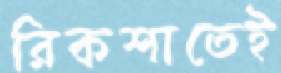
রিকশাতেই